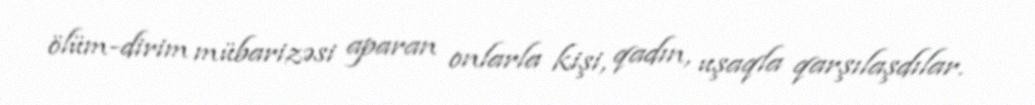
ölüm-dirim mübarizəsi aparan onlarla kişi, qadın, uşaqla qarşılaşdılar.